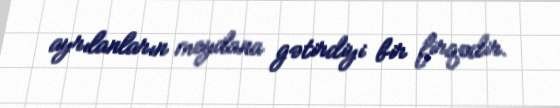
ayrılanların meydana gətirdiyi bir firqədir.